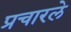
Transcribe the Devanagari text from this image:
प्रचारले